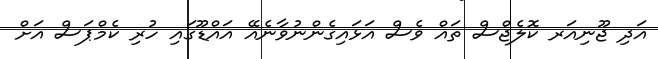
އަދި ޖޫނިއަރ ކޮލެޖްސް ތައް ވެސް އަޅައިގެންނުވާނެއޭ އައްޑޫގައި ހުރި ކެމްޕަސް އަށް